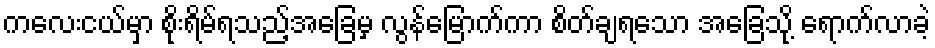
ကလေးငယ်မှာ စိုးရိမ်ရသည့်အခြေမှ လွန်မြောက်ကာ စိတ်ချရသော အခြေသို့ ရောက်လာခဲ့